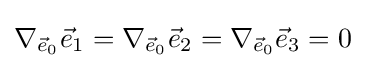
\nabla _{{\vec {e}}_{0}}{\vec {e}}_{1}=\nabla _{{\vec {e}}_{0}}{\vec {e}}_{2}=\nabla _{{\vec {e}}_{0}}{\vec {e}}_{3}=0